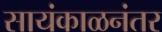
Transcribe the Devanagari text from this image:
सायंकाळनंतर